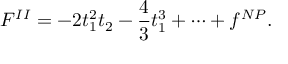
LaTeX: { \cal F } ^ { I I } = - 2 t _ { 1 } ^ { 2 } t _ { 2 } - \frac { 4 } { 3 } t _ { 1 } ^ { 3 } + \dots + f ^ { N P } .